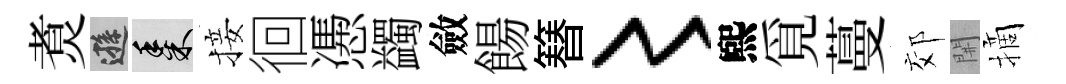
煑遜黍接徊慿蠲斂餳簮〻煕覓蔓郊𨳩摘